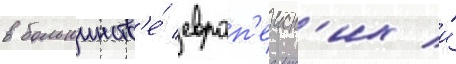
в большинств'е́ европ'еиск'их и́